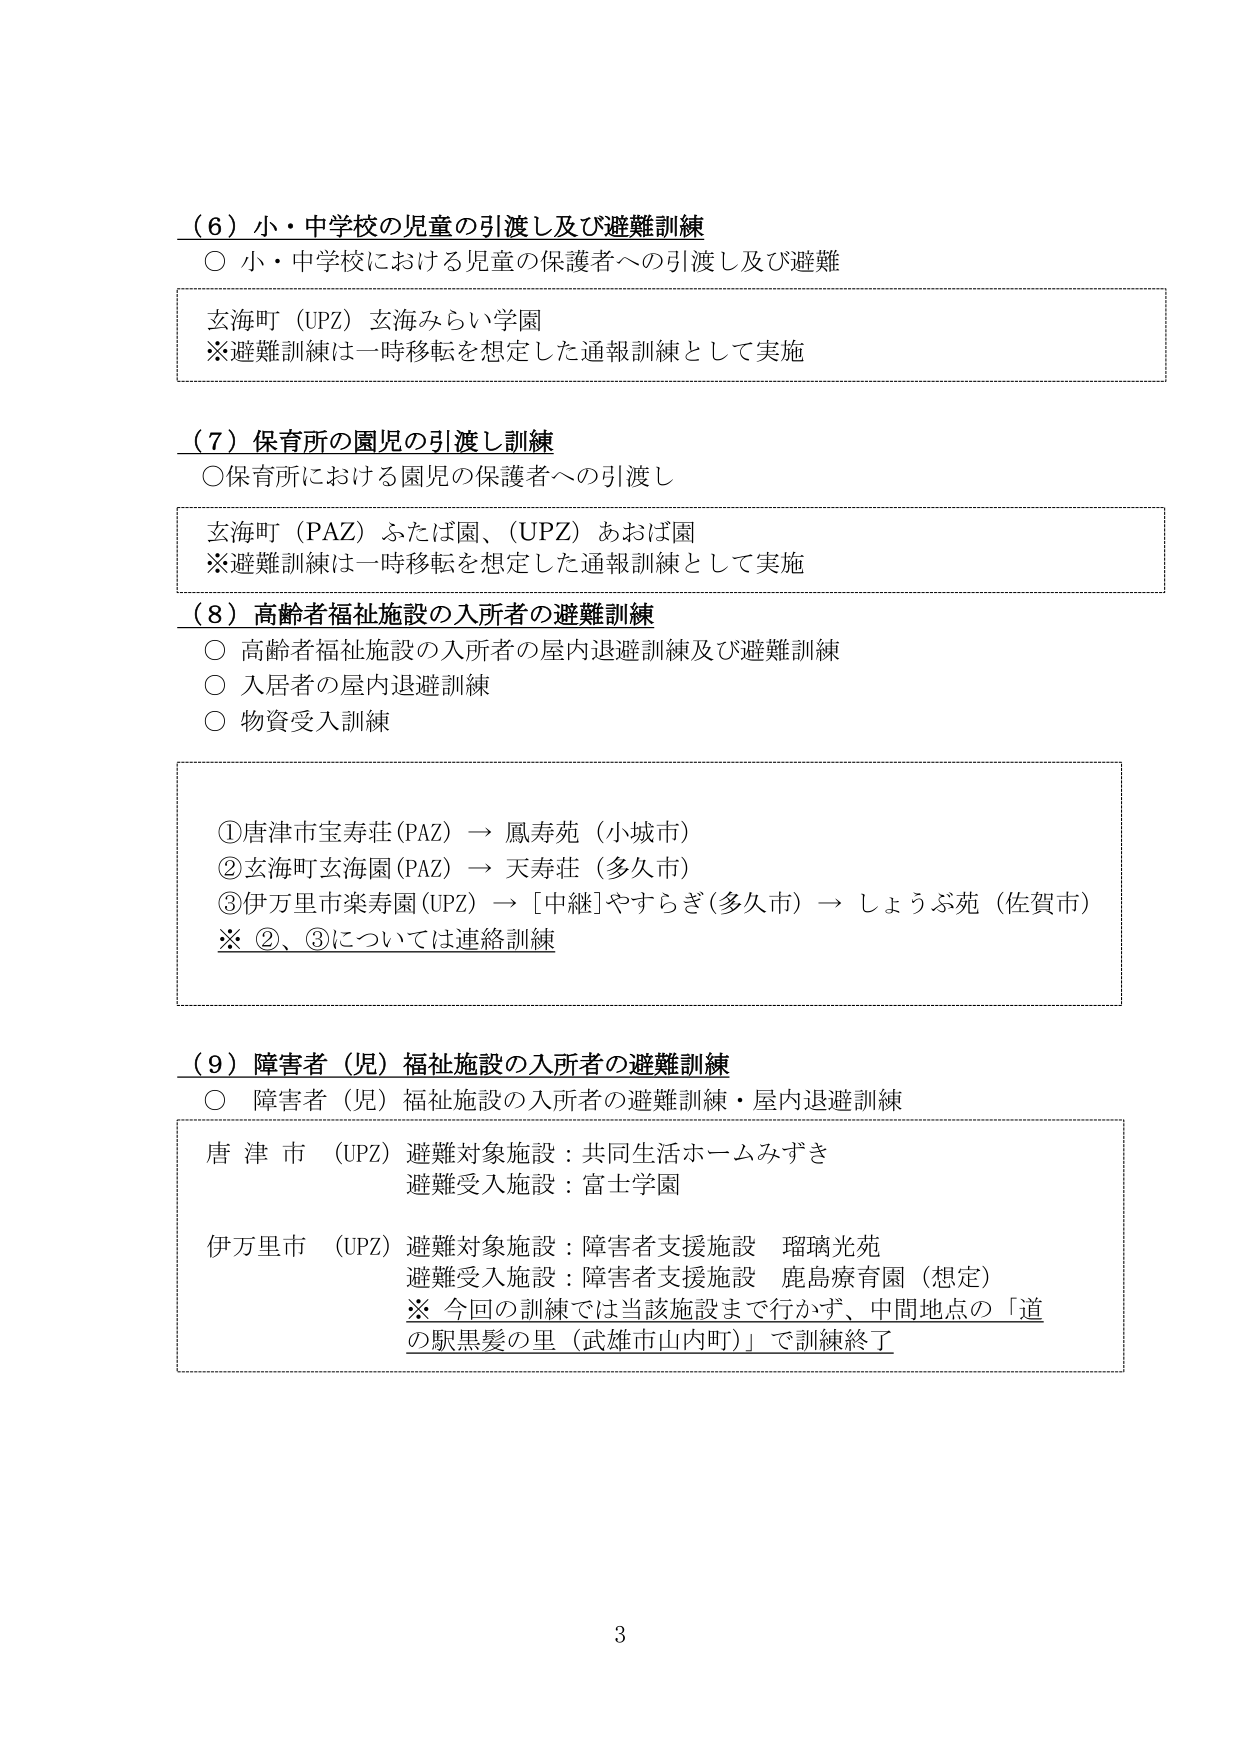
（６）小・中学校の児童の引渡し及び避難訓練
○ 小・中学校における児童の保護者への引渡し及び避難

玄海町（UPZ）玄海みらい学園
※避難訓練は一時移転を想定した通報訓練として実施

（７）保育所の園児の引渡し訓練
○保育所における園児の保護者への引渡し

玄海町（PAZ）ふたば園、（UPZ）あおば園
※避難訓練は一時移転を想定した通報訓練として実施

（８）高齢者福祉施設の入所者の避難訓練
○ 高齢者福祉施設の入所者の屋内退避訓練及び避難訓練
○ 入居者の屋内退避訓練
○ 物資受入訓練

①唐津市宝寿荘（PAZ）→ 鳳寿苑（小城市）
②玄海町玄海園（PAZ）→ 天寿荘（多久市）
③伊万里市楽寿園（UPZ）→ [中継]やすらぎ（多久市）→ しょうぶ苑（佐賀市）
※ ②、③については連絡訓練

（９）障害者（児）福祉施設の入所者の避難訓練
○ 障害者（児）福祉施設の入所者の避難訓練・屋内退避訓練

唐津市（UPZ）避難対象施設：共同生活ホームみずき
避難受入施設：富士学園

伊万里市（UPZ）避難対象施設：障害者支援施設 瑠璃光苑
避難受入施設：障害者支援施設 鹿島療育園（想定）
※ 今回の訓練では当該施設まで行かず、中間地点の「道の駅黒髪の里（武雄市山内町）」で訓練終了

3